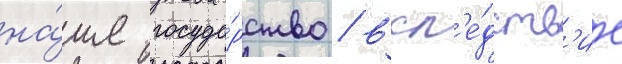
на́ше госуда́рство / всл'е́дств'ие